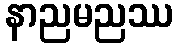
နာညမညဿ